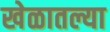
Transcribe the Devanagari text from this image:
खेळातल्या